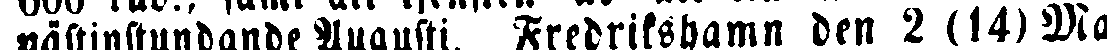
nästinstundande Augusti. Fredrikshamn den 2 (14) Ma